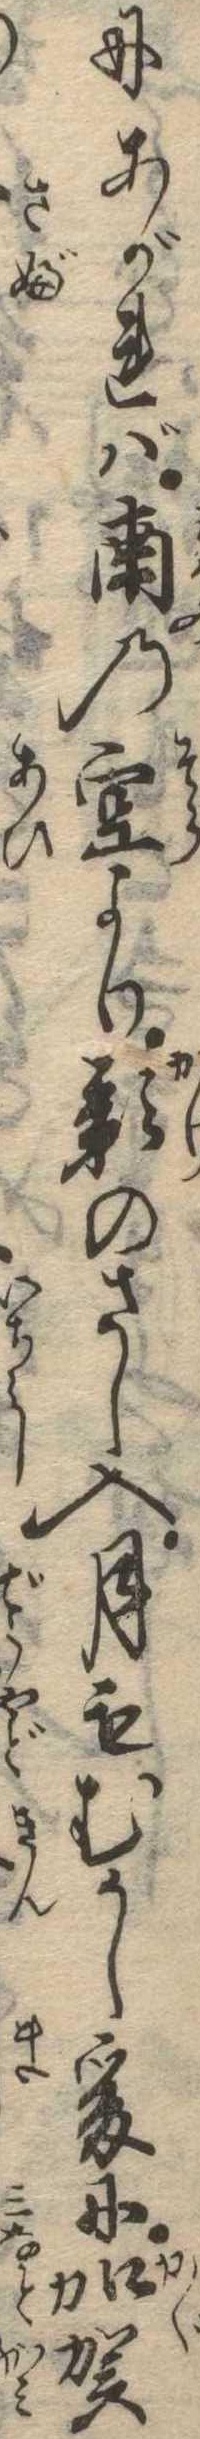
にあがれば南の空より影のさし入月もむかし爰に加賀